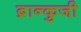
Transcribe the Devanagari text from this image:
ब्रान्कुजी़